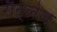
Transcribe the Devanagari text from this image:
रौट्लेज